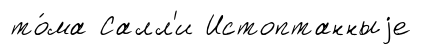
то́ма Салл'и Истоптанныjе